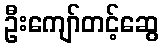
ဦးကျော်တင့်ဆွေ